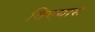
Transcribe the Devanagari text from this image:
विएयास